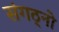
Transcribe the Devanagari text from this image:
संगठ्नो